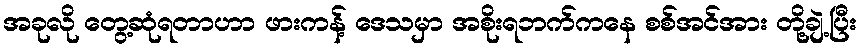
အခုလို တွေ့ဆုံရတာဟာ ဖားကန့် ဒေသမှာ အစိုးရဘက်ကနေ စစ်အင်အား တို့ချဲ့ပြီး